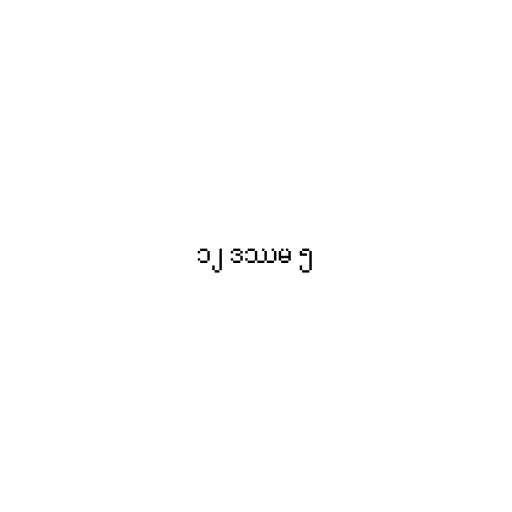
၁၂ ဒဿမ ၅